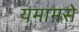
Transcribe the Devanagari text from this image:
यमामसे